Vaccination in Bombay 1924-1928 - 1924-1928
Year: 1924
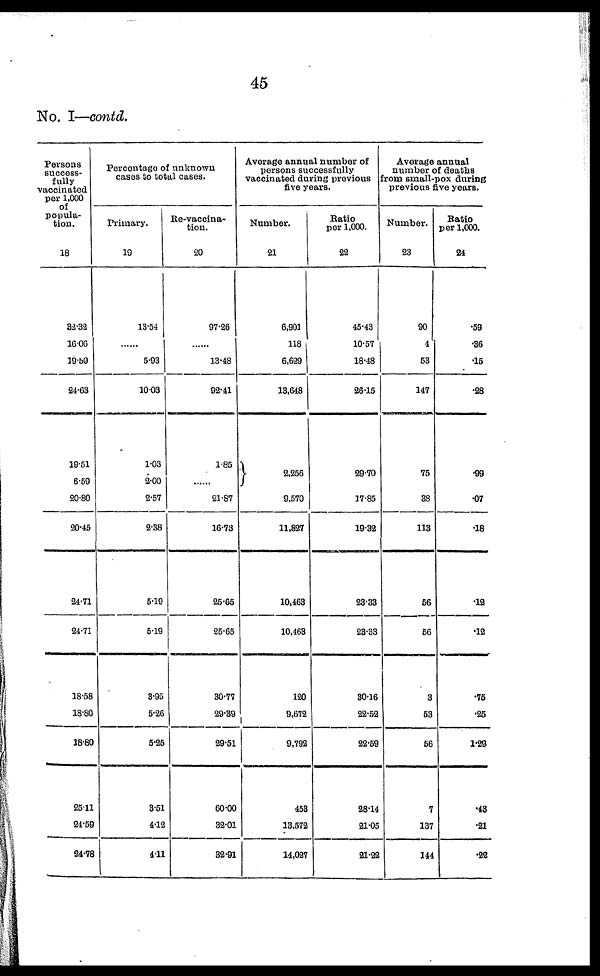
45
No. I—contd.
Persons
success-
fully
vaccinated
per 1,000
of
popula-
tion.
18
32.32 16.06 19.59
24.63
19.51
6.59
20.80
20.45
24.71
24.71
18.58
18.80
18.80
25.11
24.59
24.78
Percentage of unknown
cases to total cases.
Primary.
19
13.54
......
5.93
10.03
1.03
2.00
2.57
2.38
5.19
5.19
3.95
5.26
5.25
3.51
4.12
4.11
Re-vaccina¬
tion.
20
97.26
......
13.48
92.41
1.85
......
21.87
16.73
25.65
25.65
30.77
29.39
29.51
60.00
32.01
32.91
Average annual number of
persons successfully
vaccinated during previous
five years.
Number.
21
6,901
118
6,629
13,648
2,256
9,570
11,827
10,463
10,463
120
9,672
9,792
453
13,572
14,027
Ratio
per 1,000.
22
45.43
10.57
18.48
26.15
29.70
17.85
19.32
23.33
23.33
30.16
22.52
22.59
28.14
21.05
21.22
Average annual
number of deaths
from small-pox during
previous five years.
Number.
23
90
4
53
147
75
38
113
56
56
3
53
66
7
137
144
Ratio
per 1,000.
24
.59
.36
.15
.28
.99
.07
.18
.12
.12
.75
.25
1.29
.43
.21
.22